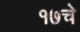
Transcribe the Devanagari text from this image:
१७चे